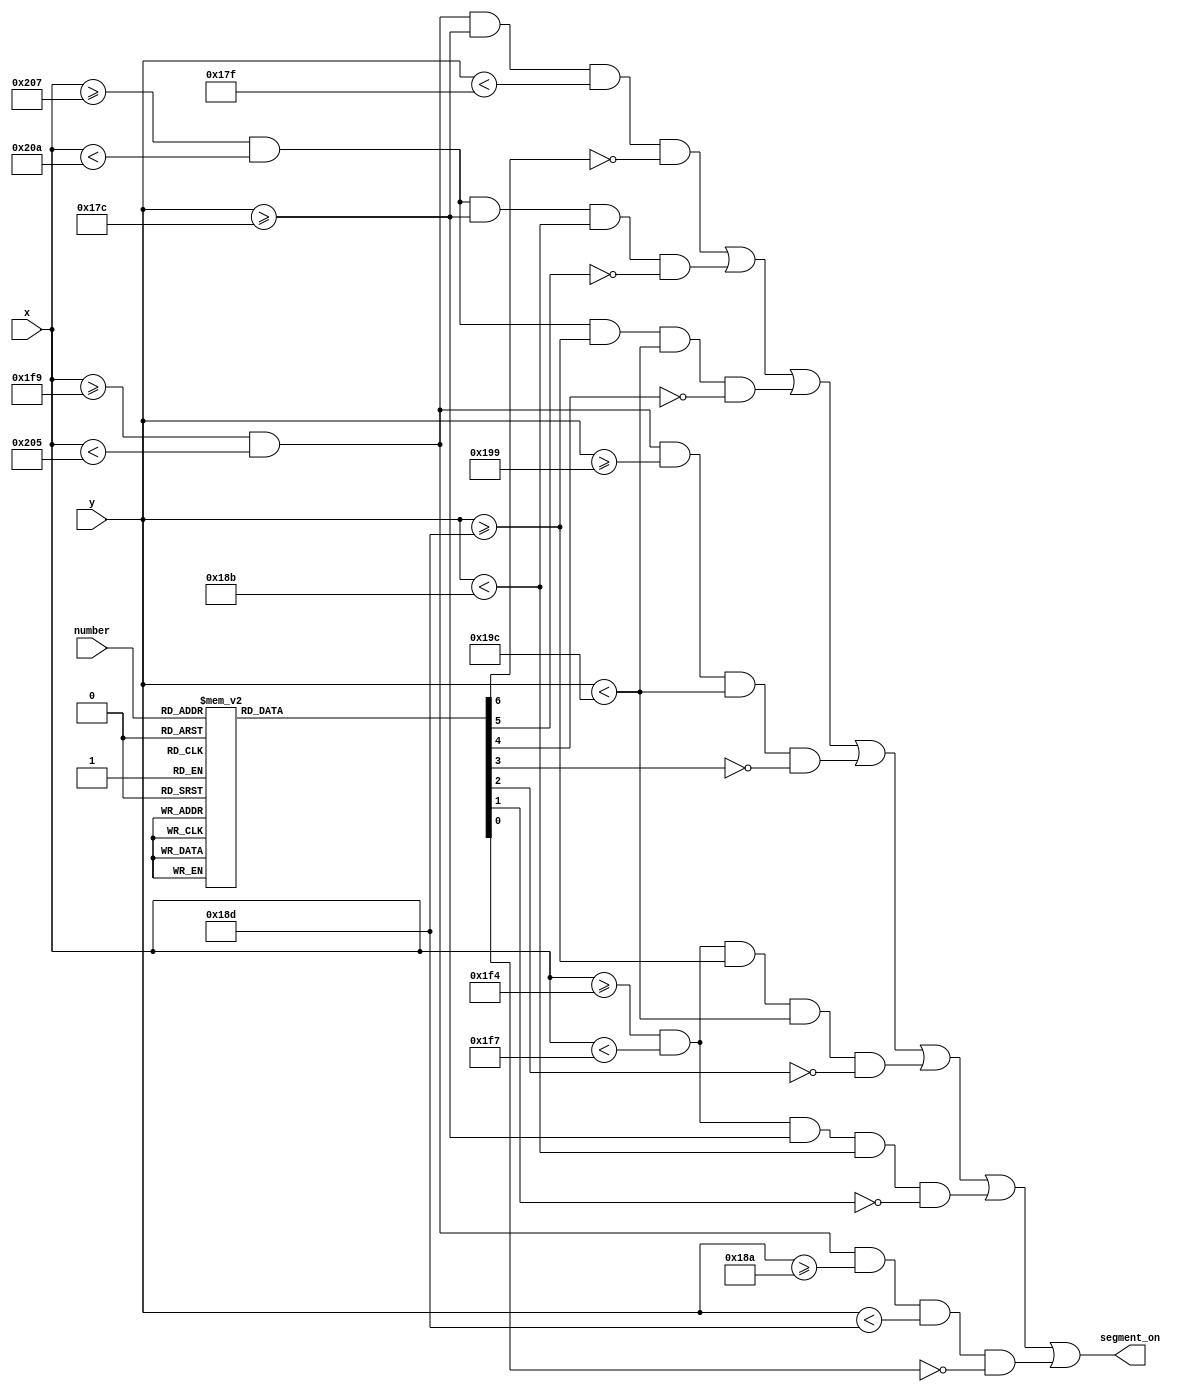
`timescale 1ns / 1ps
//////////////////////////////////////////////////////////////////////////////////
// Company: 
// Engineer: 
// 
// Design Name: 
// Module Name:    segment 
// Project Name: 
// Target Devices: 
// Tool versions: 
// Description: 
//
// Dependencies: 
//
// Revision: 
// Revision 0.01 - File Created
// Additional Comments: 
//
//////////////////////////////////////////////////////////////////////////////////
module segment
	#(parameter X_ST = 500, parameter Y_ST = 380)(
		input [9:0] x,	
		input [9:0] y,
		input [3:0] number,
		output segment_on
    );
	
	reg [6:0] n_show;
	always @(*)
	begin
	 case(number)
	 4'b0000: n_show = 7'b0000001; // "0"  
	 4'b0001: n_show = 7'b1001111; // "1" 
	 4'b0010: n_show = 7'b0010010; // "2" 
	 4'b0011: n_show = 7'b0000110; // "3" 
	 4'b0100: n_show = 7'b1001100; // "4" 
	 4'b0101: n_show = 7'b0100100; // "5" 
	 4'b0110: n_show = 7'b0100000; // "6" 
	 4'b0111: n_show = 7'b0001111; // "7" 
	 4'b1000: n_show = 7'b0000000; // "8"  
	 4'b1001: n_show = 7'b0000100; // "9" 
	 default: n_show = 7'b0000001; // "0"
	 endcase
	end
	
	assign f_segment = x >= X_ST && x < X_ST + 3 && y >= Y_ST && y < Y_ST + 15;
	assign e_segment = x >= X_ST && x < X_ST + 3 && y >= Y_ST + 17 && y < Y_ST + 32;
	
	assign a_segment = x >= X_ST + 5 && x < X_ST + 17 && y >= Y_ST && y < Y_ST + 3;
	assign g_segment = x >= X_ST + 5 && x < X_ST + 17 && y >= Y_ST + 14 && y < Y_ST + 17;
	assign d_segment = x >= X_ST + 5 && x < X_ST + 17 && y >= Y_ST + 29 && y < Y_ST + 32;
	
	assign b_segment = x >= X_ST + 19 && x < X_ST + 22 && y >= Y_ST && y < Y_ST + 15;
	assign c_segment = x >= X_ST + 19 && x < X_ST + 22 && y >= Y_ST + 17 && y < Y_ST + 32;
	
	
	assign segment_on = (a_segment & ~n_show[6]) |
							  (b_segment & ~n_show[5]) |
							  (c_segment & ~n_show[4]) |
							  (d_segment & ~n_show[3]) |
							  (e_segment & ~n_show[2]) |
							  (f_segment & ~n_show[1]) |
							  (g_segment & ~n_show[0]);

endmodule